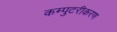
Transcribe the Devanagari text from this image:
कम्पुटरीकरण